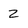
Character: 2